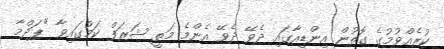
ކުރެއްވުމުގެ ގޮތުން އިންޑިއާގައި ދެވޭ ދެވޭ އެންމެ މަތީ ޝަރަފް ކަމުގައިވާ "ޕަދްމާ